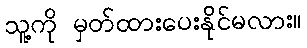
သူ့ကို မှတ်ထားပေးနိုင်မလား။